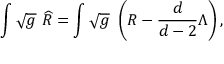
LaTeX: \int \sqrt { g } \ \widehat { R } = \int \sqrt { g } \ \left( R - \frac { d } { d - 2 } \Lambda \right) ,